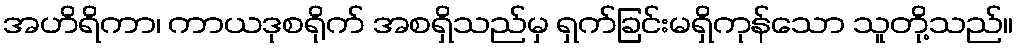
အဟိရိကာ၊ ကာယဒုစရိုက် အစရှိသည်မှ ရှက်ခြင်းမရှိကုန်သော သူတို့သည်။